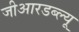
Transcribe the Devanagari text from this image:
जीआरडब्ल्यू